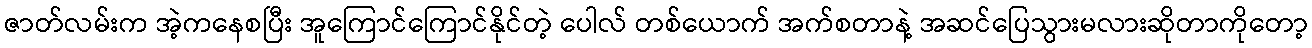
ဇာတ်လမ်းက အဲ့ကနေစပြီး အူကြောင်ကြောင်နိုင်တဲ့ ပေါလ် တစ်ယောက် အက်စတာနဲ့ အဆင်ပြေသွားမလားဆိုတာကိုတော့